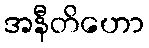
အနီတိဟော